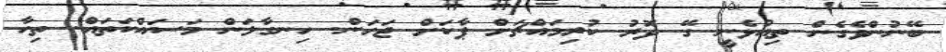
ބޭނުންވެގެން ތިއުޅެނީ ގޭ ދޮރު ކުރިމައްޗަށް ޕާކަށް ޖަހަން. ހިނގާލަން މަސައްކަތައް. ތިހާ